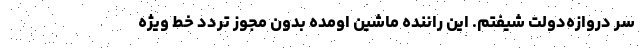
سر دروازه‌دولت شیفتم. این راننده ماشین اومده بدون مجوز تردد خط ویژه